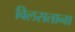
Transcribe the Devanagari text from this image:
विलसताना